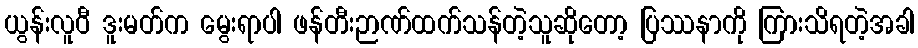
ယွန်းလူဝီ ဒူးမတ်က မွေးရာပါ ဖန်တီးဉာဏ်ထက်သန်တဲ့သူဆိုတော့ ပြဿနာကို ကြားသိရတဲ့အခါ